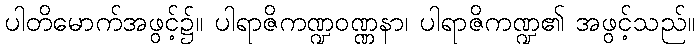
ပါတိမောက်အဖွင့်၌။ ပါရာဇိကဏ္ဍဝဏ္ဏနာ၊ ပါရာဇိကဏ္ဍ၏ အဖွင့်သည်။